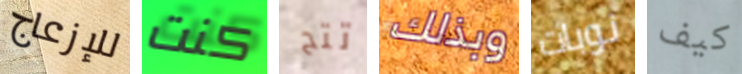
للإزعاج كنت تتح وبذلك نوبات كيف